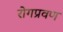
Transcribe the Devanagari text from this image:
रोगप्रवण